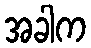
အခါက